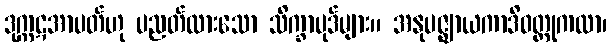
ဒုက္ကဋအာပတ်ဟု ပညတ်ထားသော သိက္ခာပုဒ်များ။ အနုပဇ္ဈာယကာဒိဝတ္ထုကထာ၊